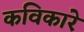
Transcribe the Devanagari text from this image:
कविकारे